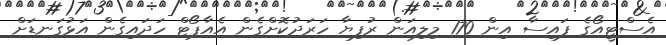
އެސްޓީއޯގެ ފައިސާ އިން 170 މިލިއަން ރުފިޔާ ހަރަދުކޮށްގެން އެއާޕޯޓް ހަދައިގެން އަޅުގަނޑަށް